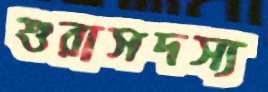
শুরাসদস্য